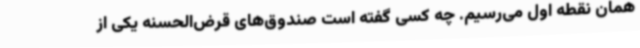
همان نقطه اول می‌رسیم. چه کسی گفته است صندوق‌های قرض‌الحسنه یکی از